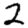
Digit: 2